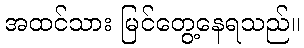
အထင်သား မြင်တွေ့နေရသည်။